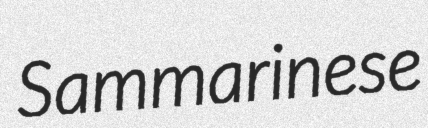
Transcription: Sammarinese